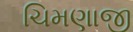
ચિમણાજી